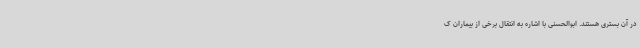
در آن بستری هستند. ابوالحسنی با اشاره به انتقال برخی از بیماران ک